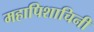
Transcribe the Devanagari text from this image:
महापिशाचिनी